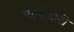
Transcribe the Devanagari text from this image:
नावोदारी